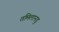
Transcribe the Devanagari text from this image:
तमिलानडु